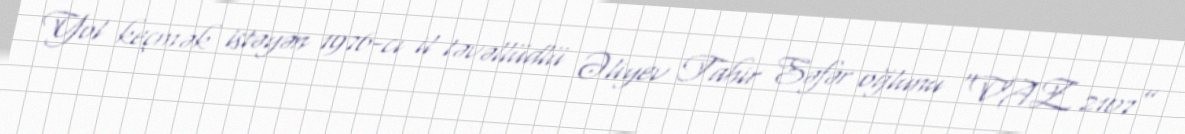
Yol keçmək istəyən 1976-cı il təvəllüdlü Əliyev Tahir Səfər oğlunu “VAZ 2107”